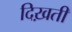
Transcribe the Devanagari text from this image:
दिख़ती